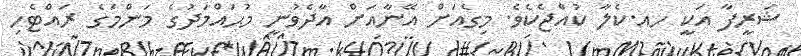
ޝަރީފާ އަކީ ހއ.ކެލާ ކުއްޖެކެވެ. މިގެއަށް އޭނާއަށް އާދެވުނީ މުޙައްމަދުގެ މަންމަގެ ރައްޓެހި